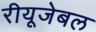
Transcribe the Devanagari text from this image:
रीयूजेबल